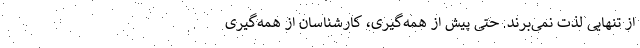
از تنهایی لذت نمی‌برند. حتی پیش از همه‌گیری، کارشناسان از همه‌گیریِ